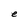
Character: e